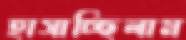
হাসাচ্ছিলাম